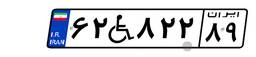
۸۰W۰۳۱۹۳